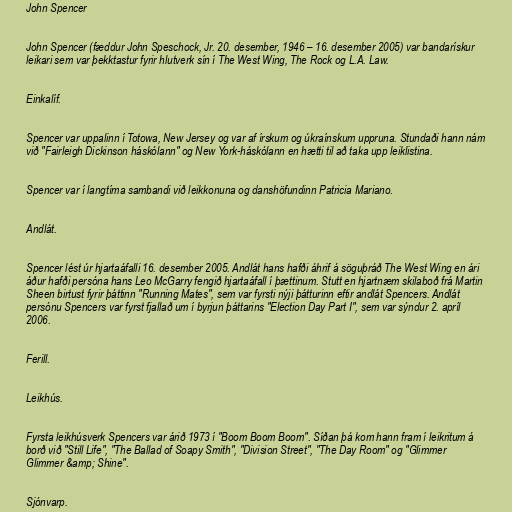
John Spencer

John Spencer (fæddur John Speschock, Jr. 20. desember, 1946 – 16. desember 2005) var bandarískur
leikari sem var þekktastur fyrir hlutverk sín í The West Wing, The Rock og L.A. Law.

Einkalíf.

Spencer var uppalinn í Totowa, New Jersey og var af írskum og úkraínskum uppruna. Stundaði hann nám
við "Fairleigh Dickinson háskólann" og New York-háskólann en hætti til að taka upp leiklistina.

Spencer var í langtíma sambandi við leikkonuna og danshöfundinn Patricia Mariano.

Andlát.

Spencer lést úr hjartaáfalli 16. desember 2005. Andlát hans hafði áhrif á söguþráð The West Wing en ári
áður hafði persóna hans Leo McGarry fengið hjartaáfall í þættinum. Stutt en hjartnæm skilaboð frá Martin
Sheen birtust fyrir þáttinn "Running Mates", sem var fyrsti nýji þátturinn eftir andlát Spencers. Andlát
persónu Spencers var fyrst fjallað um í byrjun þáttarins "Election Day Part I", sem var sýndur 2. apríl
2006.

Ferill.

Leikhús.

Fyrsta leikhúsverk Spencers var árið 1973 í "Boom Boom Boom". Síðan þá kom hann fram í leikritum á
borð við "Still Life", "The Ballad of Soapy Smith", "Division Street", "The Day Room" og "Glimmer
Glimmer &amp; Shine".

Sjónvarp.